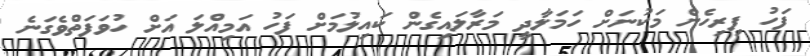
ފަހު ފިރިހެން މަކުނަށް ހަމަލާދީ މަރާލައިގެން ކައިލުމަށް ފަހު އަމިއްލަ އަށް ހުވަފަތްވެގަނެ